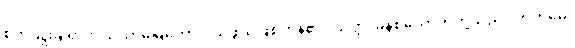
စိုက်ပျိုးချရာလယ်ယာမြေကောင်းသဖွယ်ဖြစ်ကုန်၏။ သတ္တ၊ ခုနစ်ယောက်တို့သည်။ ကတမေ၊